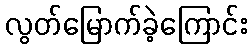
လွတ်မြောက်ခဲ့ကြောင်း